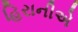
હિરાનીએ